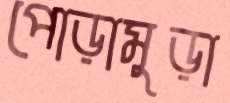
পোড়ামুড়া